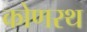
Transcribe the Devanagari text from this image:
कोणरथ